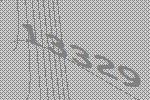
13329